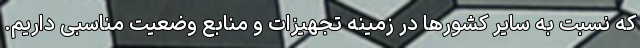
که نسبت به سایر کشورها در زمینه تجهیزات و منابع وضعیت مناسبی داریم.